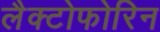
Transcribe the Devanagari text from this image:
लैक्टोफोरिन